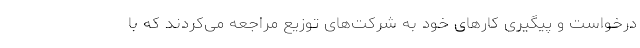
درخواست و پیگیری کارهای خود به شرکت‌های توزیع مراجعه می‌کردند که با